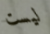
ليست